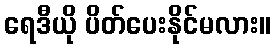
ရေဒီယို ပိတ်ပေးနိုင်မလား။